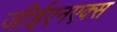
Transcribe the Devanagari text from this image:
जीईएनएक्स